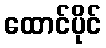
ထောင်ပိုင်